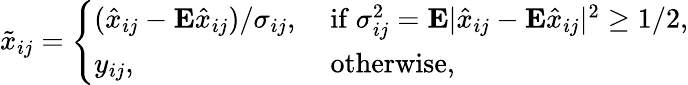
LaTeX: \begin{array}{r}{\tilde{x}_{ij}=\left\{ \begin{array}{ll}{(\hat{x}_{ij}-{\mathbf E}\hat{x}_{ij})/\sigma_{ij},}&{\mathrm{~if~}\sigma_{ij}^{2}={\mathbf E}\vert\hat{x}_{ij}-{\mathbf E}\hat{x}_{ij}\vert^{2}\ge 1/2,}\\ {y_{ij},}&{\mathrm{~otherwise,}}\end{array}\right.}\end{array}